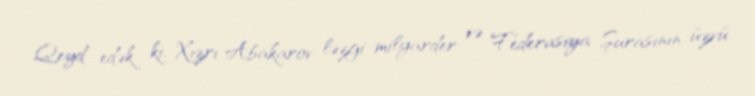
Qeyd edək ki, Xızrı Abakarov ləzgi milyarder və Federasiya Şurasının üzvü